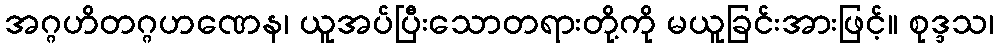
အဂ္ဂဟိတဂ္ဂဟဏေန၊ ယူအပ်ပြီးသောတရားတို့ကို မယူခြင်းအားဖြင့်။ စုဒ္ဒသ၊